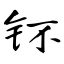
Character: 钚